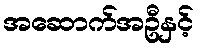
အဆောက်အဦနှင့်